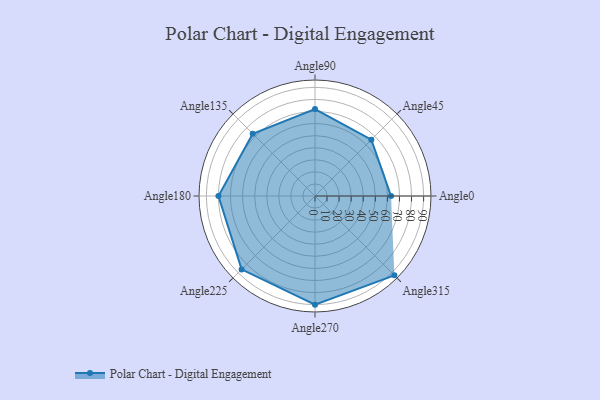
{"axis": {"x": "Angle", "y": "Radius"}, "legend": [""], "data": [{"x": "Angle0", "y": 63.0, "type": ""}, {"x": "Angle45", "y": 66.0, "type": ""}, {"x": "Angle90", "y": 72.0, "type": ""}, {"x": "Angle135", "y": 73.0, "type": ""}, {"x": "Angle180", "y": 80.0, "type": ""}, {"x": "Angle225", "y": 86.0, "type": ""}, {"x": "Angle270", "y": 90.0, "type": ""}, {"x": "Angle315", "y": 93.0, "type": ""}]}